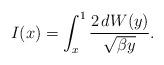
LaTeX: \begin{align*}I(x)=\int_{x}^1 \frac{2\,dW(y)}{\sqrt{\beta y}}.\end{align*}